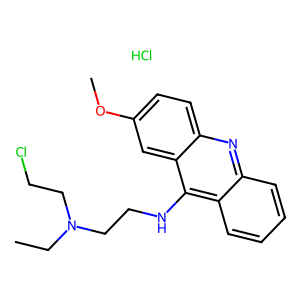
SMILES: CCN(CCCl)CCNc1c2ccccc2nc2ccc(OC)cc12.Cl
Inhibits HIV replication: No